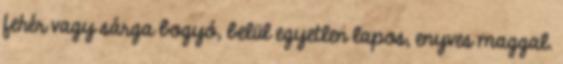
fehér vagy sárga bogyó, belül egyetlen lapos, enyves maggal.